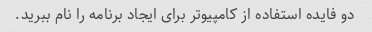
دو فایده استفاده از کامپیوتر برای ایجاد برنامه را نام ببرید.